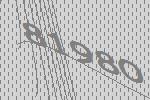
81980